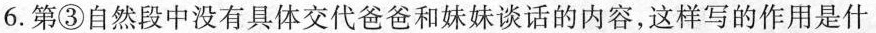
6.第③自然段中没有具体交代爸爸和妹妹谈话的内容，这样写的作用是什